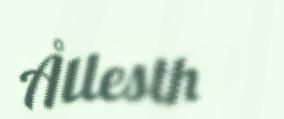
Ållesth